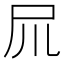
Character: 𡰭